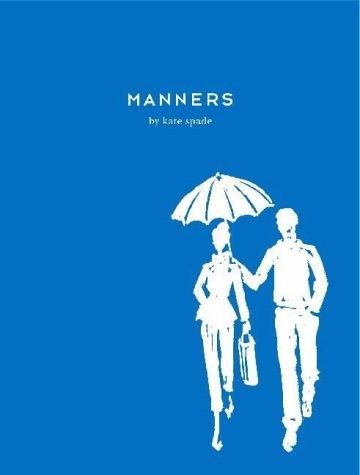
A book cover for Manners; Kate Spade; Reference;